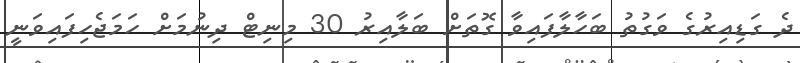
ދެ ގަޑިއިރުގެ ވަގުތު ބަހާލާފައިވާ ގޮތަށް ބަލާއިރު 30 މިނިޓް ދިނުމަށް ހަމަޖެހިފައިވަނީ